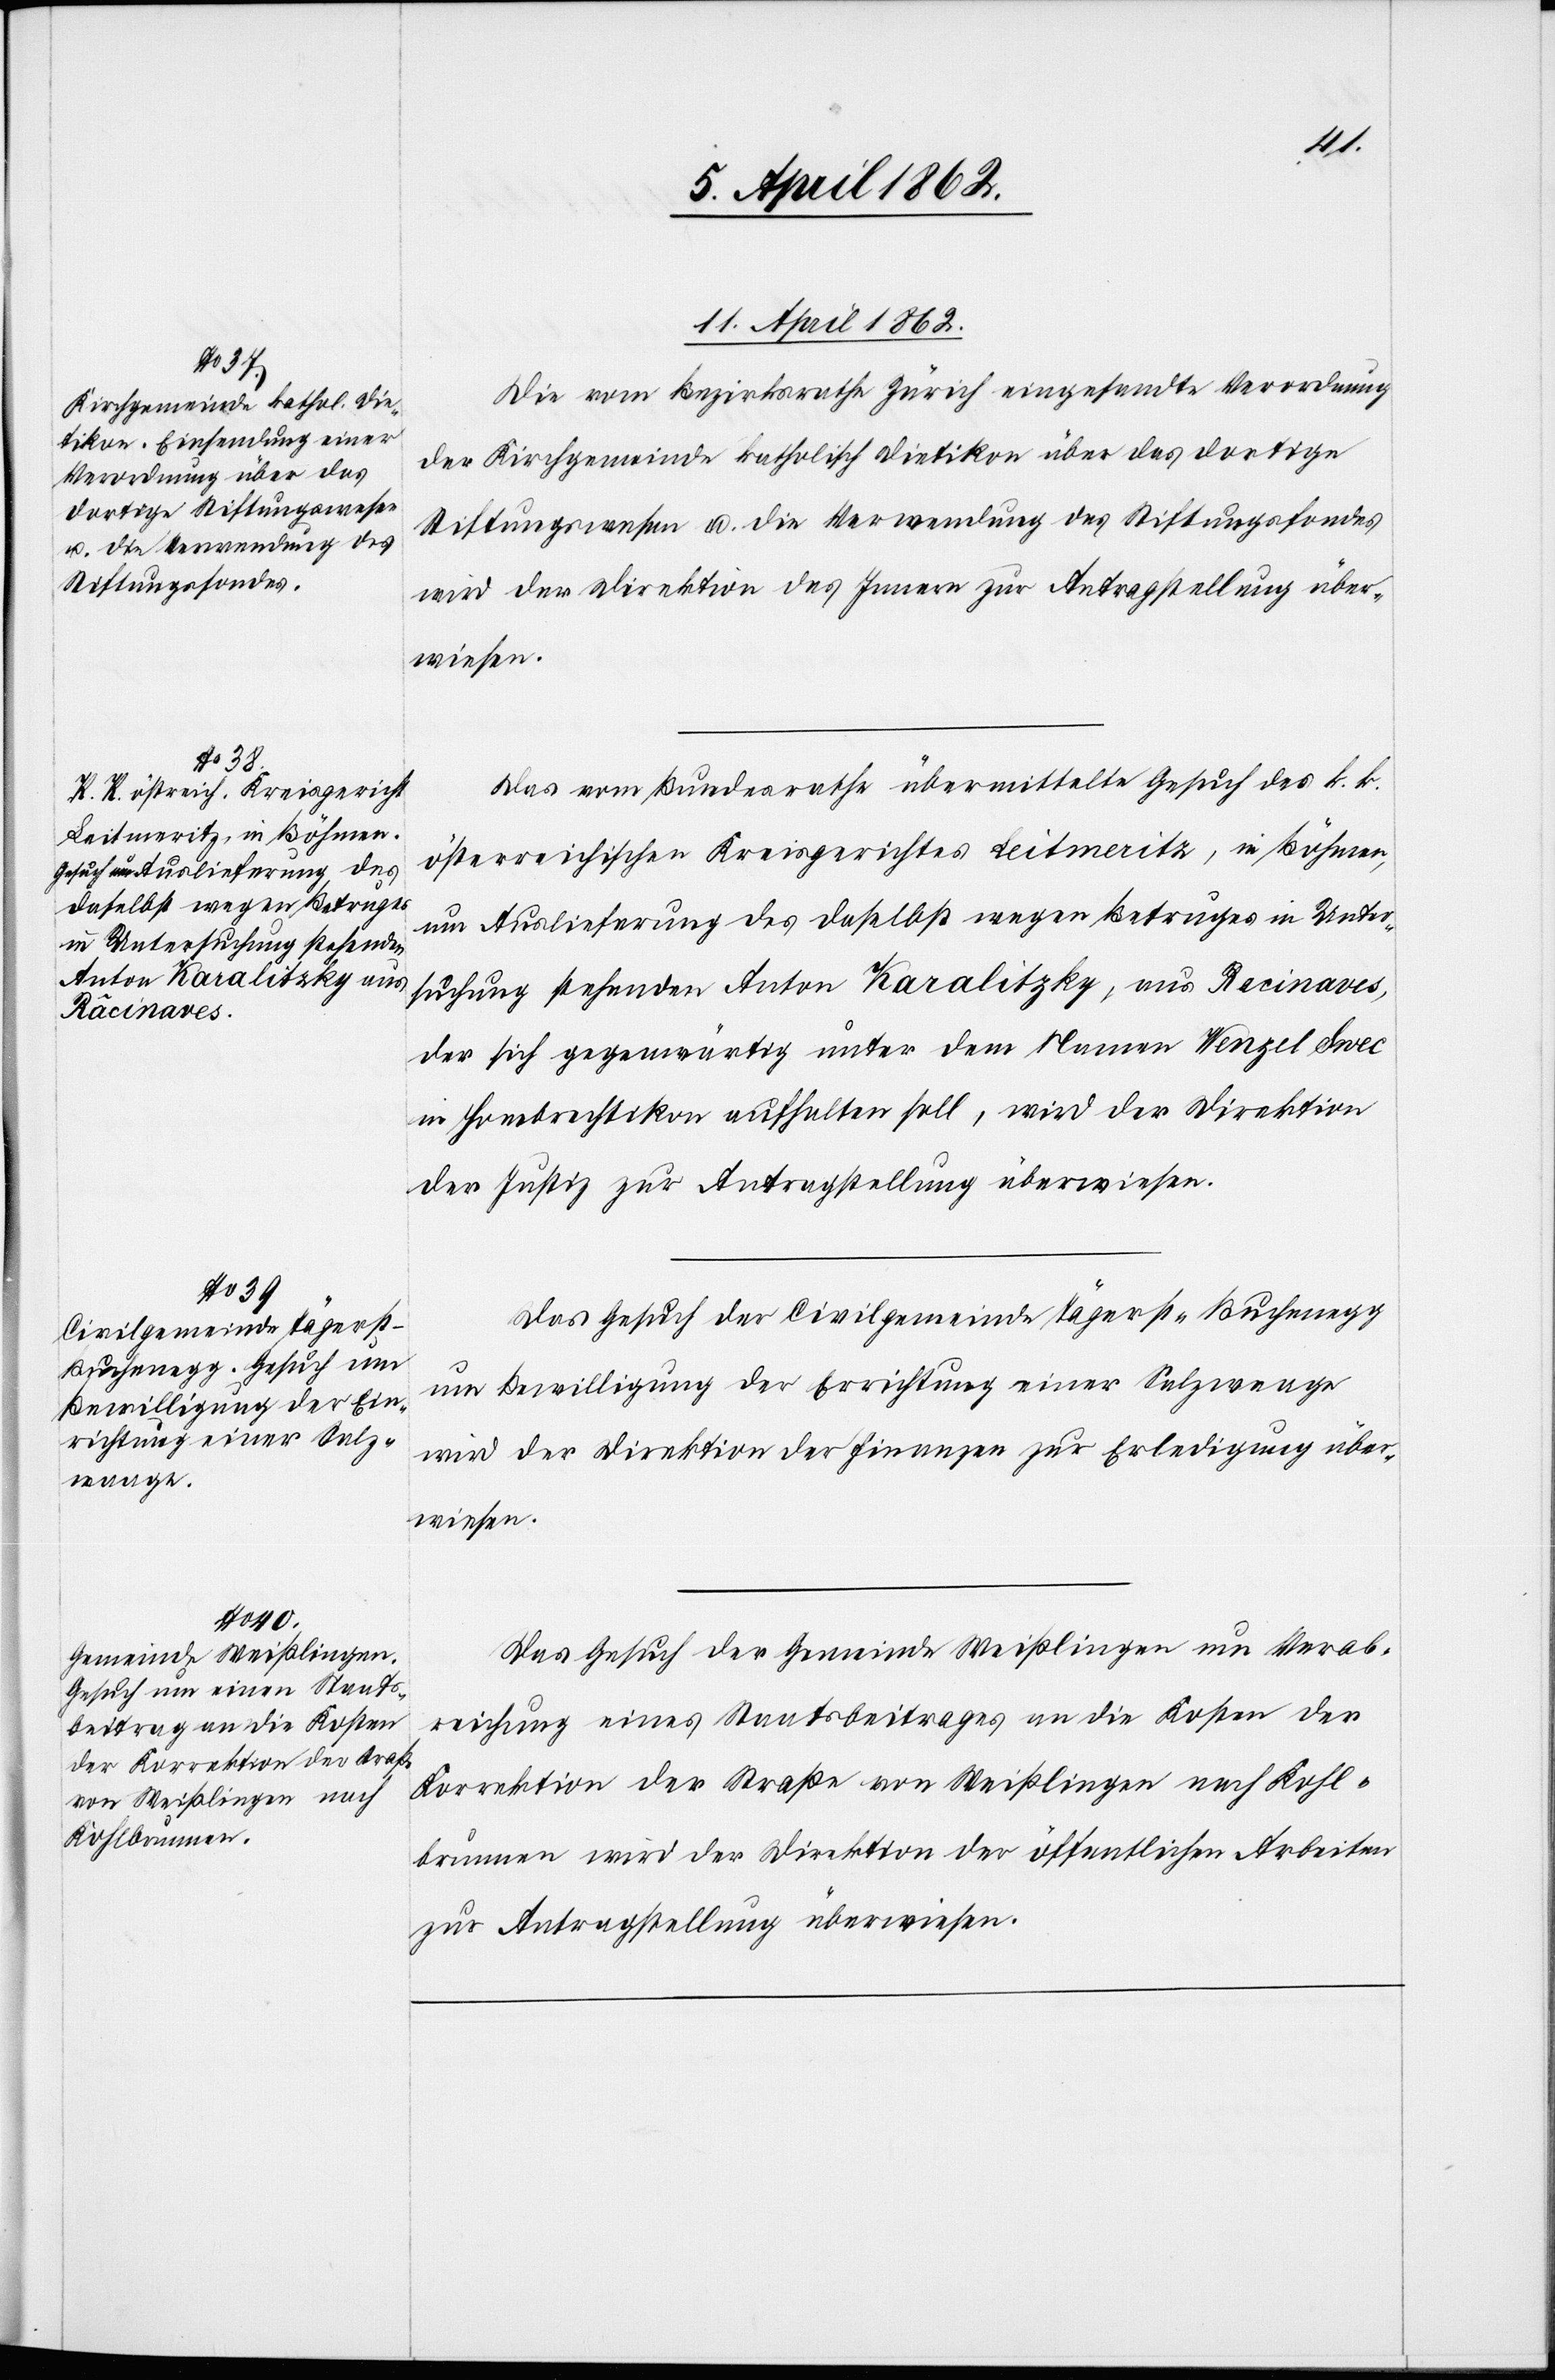
11. April 1862.]
Die vom Bezirksrathe Zürich eingesandte Verordnung
der Kirchgemeinde katholisch Dietikon über das dortige
Stiftungswesen u. die Verwendung des Stiftungsfondes
wird der Direktion des Innern zur Antragstellung über¬
wiesen.
Das vom Bundesrathe übermittelte Gesuch des k. k.
österreichischen Kreisgerichtes Leitmeritz, in Böhmen,
um Auslieferung des daselbst wegen Betruges in Unter¬
suchung stehenden Anton Karalitzky, aus Recinaves
der sich gegenwärtig unter dem Namen Wenzel [S?]wec
in Hombrechtikon aufhalten soll, wird der Direktion
der Justiz zur Antragstellung überwiesen.
Das Gesuch der Civilgemeinde Tägerst-Buchenegg
um Bewilligung der Errichtung einer Salzwaage
wird der Direktion der Finanzen zur Erledigung über¬
wiesen.
Das Gesuch der Gemeinde Weißlingen um Verab¬
reichung eines Staatsbeitrages an die Kosten der
Korrektion der Straße von Weißlingen nach Kohl¬
brunnen wird der Direktion der öffentlichen Arbeiten
zur Antragstellung überwiesen.